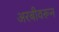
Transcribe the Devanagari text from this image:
अरबीवरून